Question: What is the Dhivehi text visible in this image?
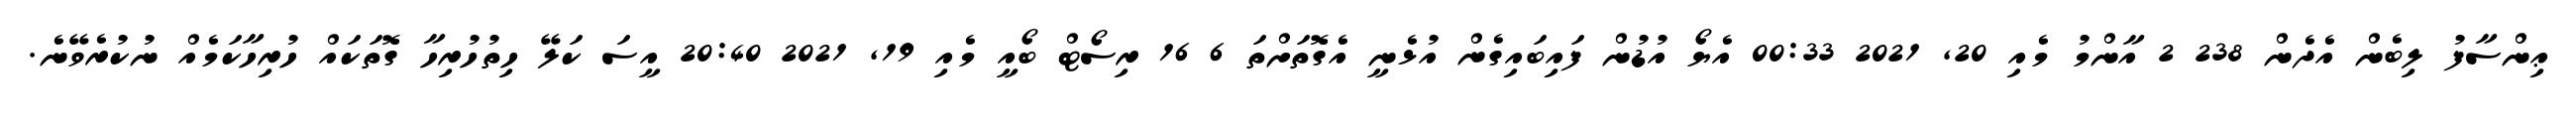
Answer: ޢިންސާފު ލިބެން އެދެން 238 2 އާންމު މެއި 20, 2021 00:33 އެޔޯ އުޑުން ފައިބައިގެން އުޅެނީ އެގޮތަށްތަ 6 16 ރިސޯޓް ބޯއީ މެއި 19, 2021 20:40 އީސަ ކަލޭ ހިތުހުރިހާ ގޮތަކައް ހުރިހާކަމެއް ނުކުރެވޭނެ.